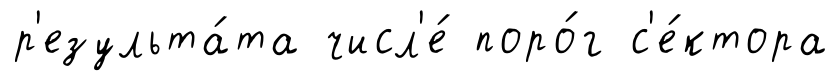
р'езульта́та числ'е́ поро́г с'е́ктора